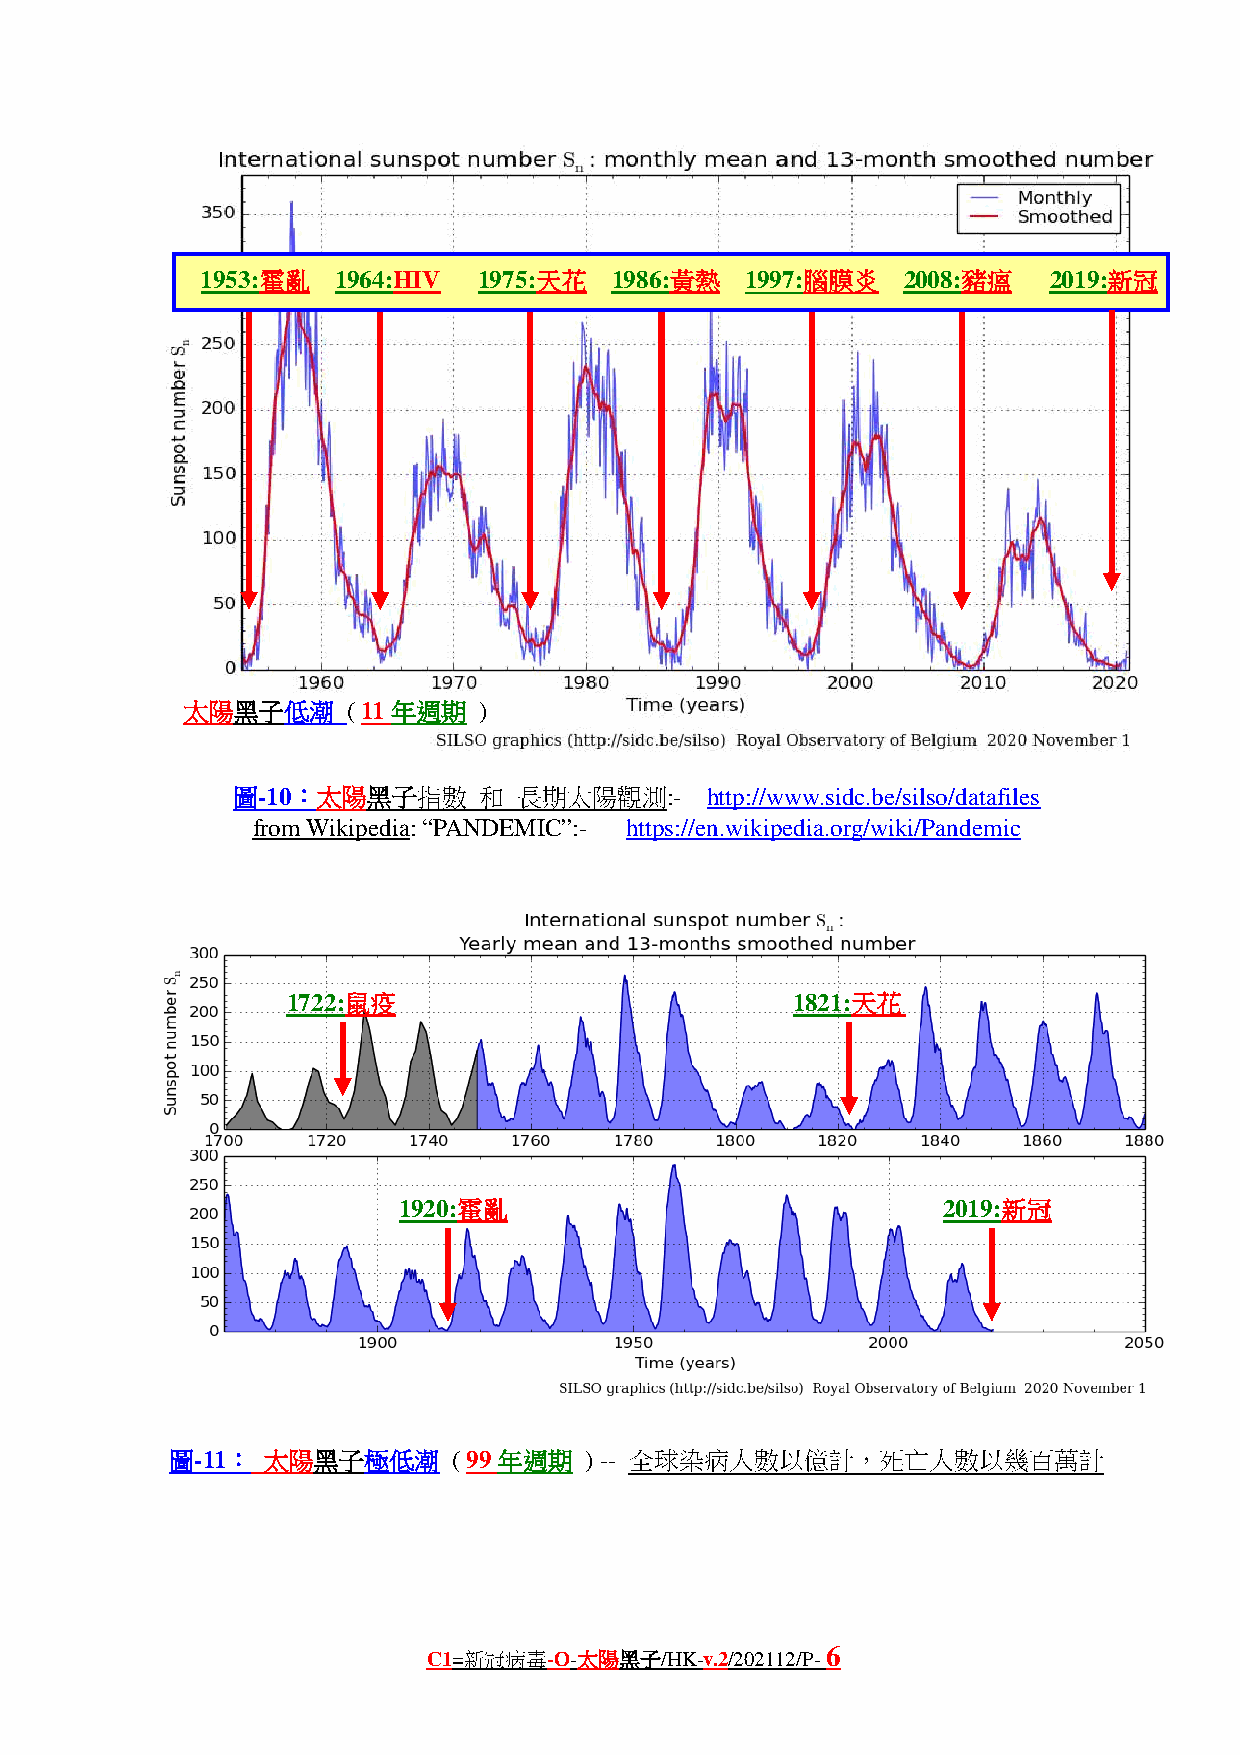
1953:霍亂  1964:HIV  1975:天花 1986:黃熱  1997:腦膜炎   2008:豬瘟  2019:新冠
 太陽黑子低潮     ( 11 年週期 )
 圖-10：太陽黑子指數      和 長期太陽觀測:-     http://www.sidc.be/silso/datafiles
 from Wikipedia: “PANDEMIC”:- https://en.wikipedia.org/wiki/Pandemic
 1722:鼠疫                          1821:天花
 1920:霍亂                             2019:新冠
 圖-11： 太陽黑子極低潮      ( 99 年週期 ) -- 全球染病人數以億計，死亡人數以幾百萬計
 6
 C1=新冠病毒-O-太陽黑子/HK-v.2/202112/P-